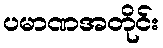
ပမာဏအတိုင်း